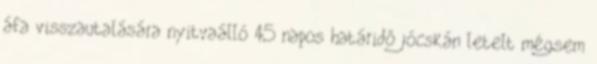
áfa visszautalására nyitvaálló 45 napos határidő jócskán letelt mégsem